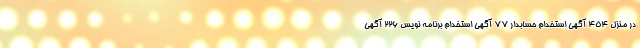
در منزل 454 آگهی استخدام حسابدار 77 آگهی استخدام برنامه نویس 226 آگهی